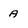
Character: A